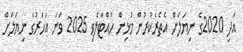
އަދި 2020ގެ ނިޔަލަށް އެތެރެކުރުން މުޅިން ހުއްޓާލެވި 2025 ވަނަ އަހަރުގެ ނިޔަލަށް